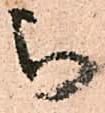
被